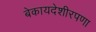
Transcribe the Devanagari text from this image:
बेकायदेशीरपणा